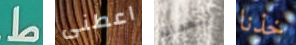
ط اعطنى أربعمائة خذنا